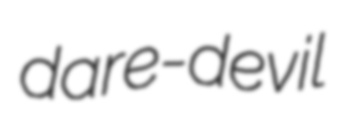
dare-devil